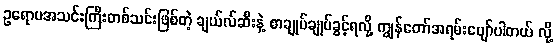
ဥရောပအသင်းကြီးတစ်သင်းဖြစ်တဲ့ ချယ်လ်ဆီးနဲ့ စာချုပ်ချုပ်ခွင့်ရလို့ ကျွန်တော်အရမ်းပျော်ပါတယ် လို့